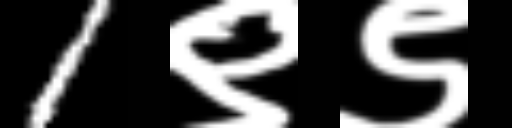
Text: 1९९